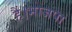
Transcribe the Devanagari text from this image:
हैं।भाजपा